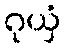
ဂုယှံ